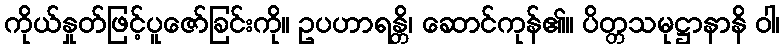
ကိုယ်နှုတ်ဖြင့်ပူဇော်ခြင်းကို။ ဥပဟာရန္တိ၊ ဆောင်ကုန်၏။ ပိတ္တသမုဋ္ဌာနာနိ ဝါ၊